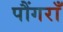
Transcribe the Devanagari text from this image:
पौंगराँ